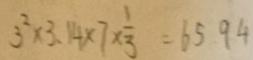
3 ^ { 2 } \times 3 . 1 4 \times 7 \times \frac { 1 } { 3 } = 6 5 9 4